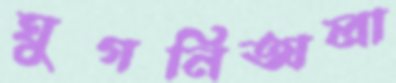
ঘুগনিঅলা